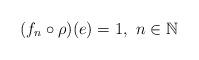
LaTeX: \begin{align*}(f_n \circ \rho)(e) = 1,\ n \in {\mathbb N}\end{align*}